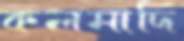
কলমাদি